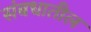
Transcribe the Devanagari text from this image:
संबधातील